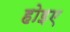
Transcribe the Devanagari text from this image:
होइए